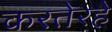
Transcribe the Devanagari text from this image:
करतेरहे